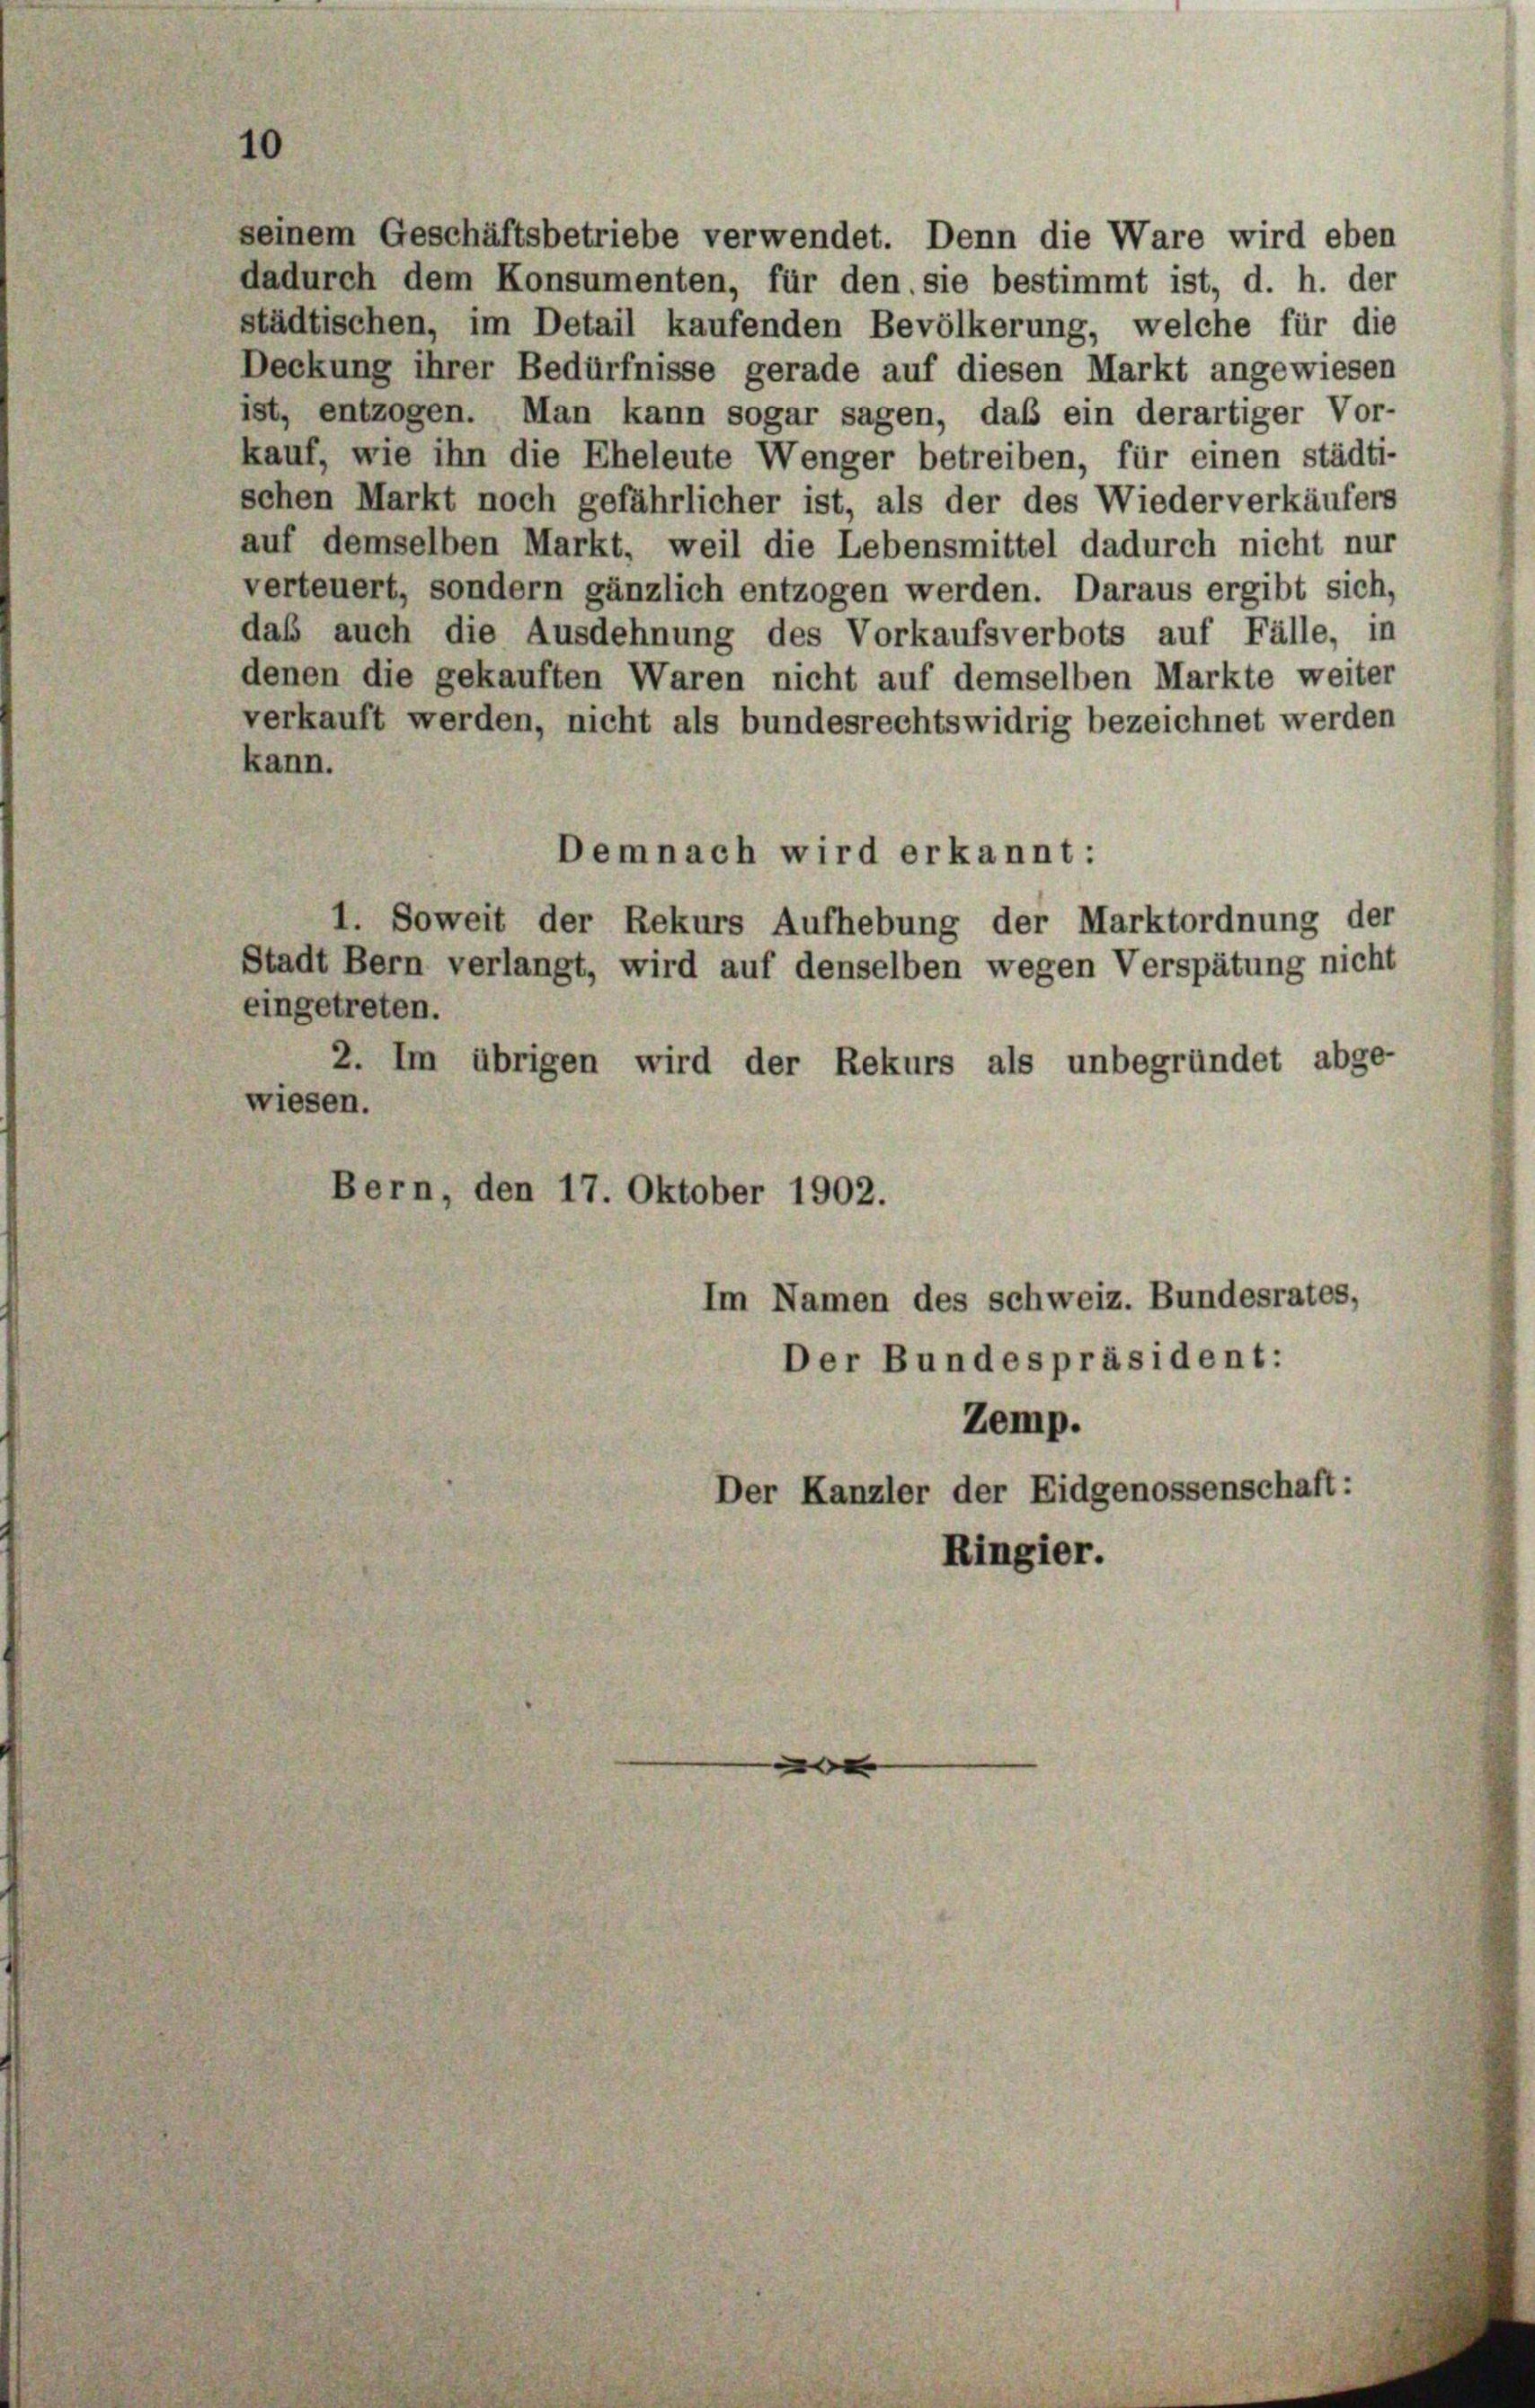
seinem Geschäftsbetriebe verwendet. Denn die Ware wird eben
dadurch dem Konsumenten, für den sie bestimmt ist, d. h. der
städtischen, im Detail kaufenden Bevölkerung, welche für die
Deckung ihrer Bedürfnisse gerade auf diesen Markt angewiesen
ist, entzogen. Man kann sogar sagen, daß ein derartiger Vor-
kauf, wie ihn die Eheleute Wenger betreiben, für einen städt
schen Markt noch gefährlicher ist, als der des Wiederverkäufer
auf demselben Markt, weil die Lebensmittel dadurch nicht nu
verteuert, sondern gänzlich entzogen werden. Daraus ergibt sich
das auch die Ausdehnung des Vorkaufsverbots auf Fälle, i
denen die gekauften Waren nicht auf demselben Markte weite
verkauft werden, nicht als bundesrechtswidrig bezeichnet werde,
kann.
Demnach wird erkannt:
1. Soweit der Rekurs Aufhebung der Marktordnung der
Stadt Bern verlangt, wird auf denselben wegen Verspätung nicht
eingetreten.
2. Im übrigen wird der Rekurs als unbegründet abge-
wiesen.
Bern, den 17. Oktober 1902.
Im Namen des schweiz. Bundesrates,
Der Bundespräsident:
Zemp.
Der Kanzler der Eidgenossenschaft:
Ringier.